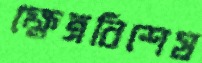
ক্ষেত্রবিশেষ